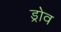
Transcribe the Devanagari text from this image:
ड्रोव